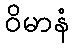
ဝိမာနံ